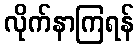
လိုက်နာကြရန်